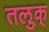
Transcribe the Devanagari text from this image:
तलुक्